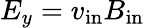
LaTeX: E_{y}=v_{\mathrm{in}}B_{\mathrm{in}}